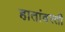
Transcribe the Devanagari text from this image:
हातांवरती